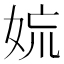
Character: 𡜋